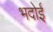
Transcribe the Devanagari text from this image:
भदोई